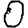
Digit: 0